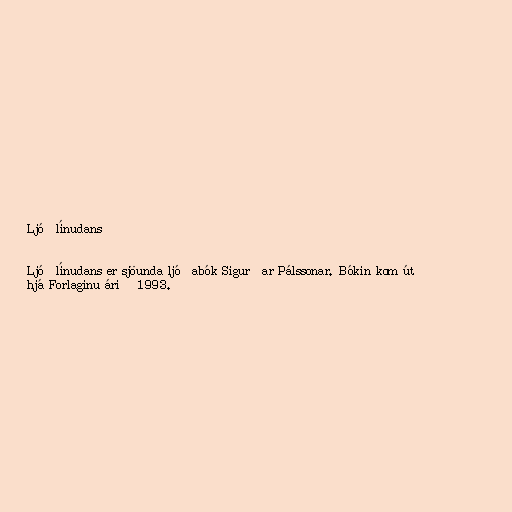
Ljóðlínudans

Ljóðlínudans er sjöunda ljóðabók Sigurðar Pálssonar. Bókin kom út
hjá Forlaginu árið 1993.